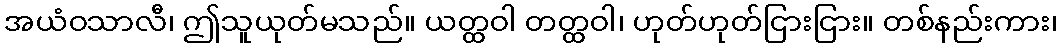
အယံဝသာလီ၊ ဤသူယုတ်မသည်။ ယတ္ထဝါ တတ္ထဝါ၊ ဟုတ်ဟုတ်ငြားငြား။ တစ်နည်းကား၊